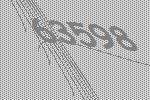
63598